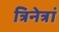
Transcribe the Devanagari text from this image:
त्रिनेत्रां